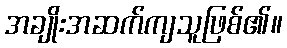
အချိုးအဆက်ကျသူဖြစ်၏။